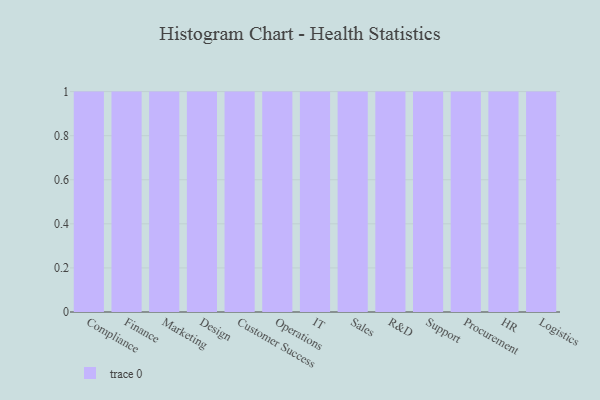
{"axis": {"x": "Department", "y": "Website Visitors"}, "legend": [""], "data": [{"x": "Compliance", "y": 60, "type": ""}, {"x": "Finance", "y": 53, "type": ""}, {"x": "Marketing", "y": 92, "type": ""}, {"x": "Design", "y": 89, "type": ""}, {"x": "Customer Success", "y": 87, "type": ""}, {"x": "Operations", "y": 68, "type": ""}, {"x": "IT", "y": 94, "type": ""}, {"x": "Sales", "y": 59, "type": ""}, {"x": "R&D", "y": 83, "type": ""}, {"x": "Support", "y": 24, "type": ""}, {"x": "Procurement", "y": 6, "type": ""}, {"x": "HR", "y": 28, "type": ""}, {"x": "Logistics", "y": 13, "type": ""}]}